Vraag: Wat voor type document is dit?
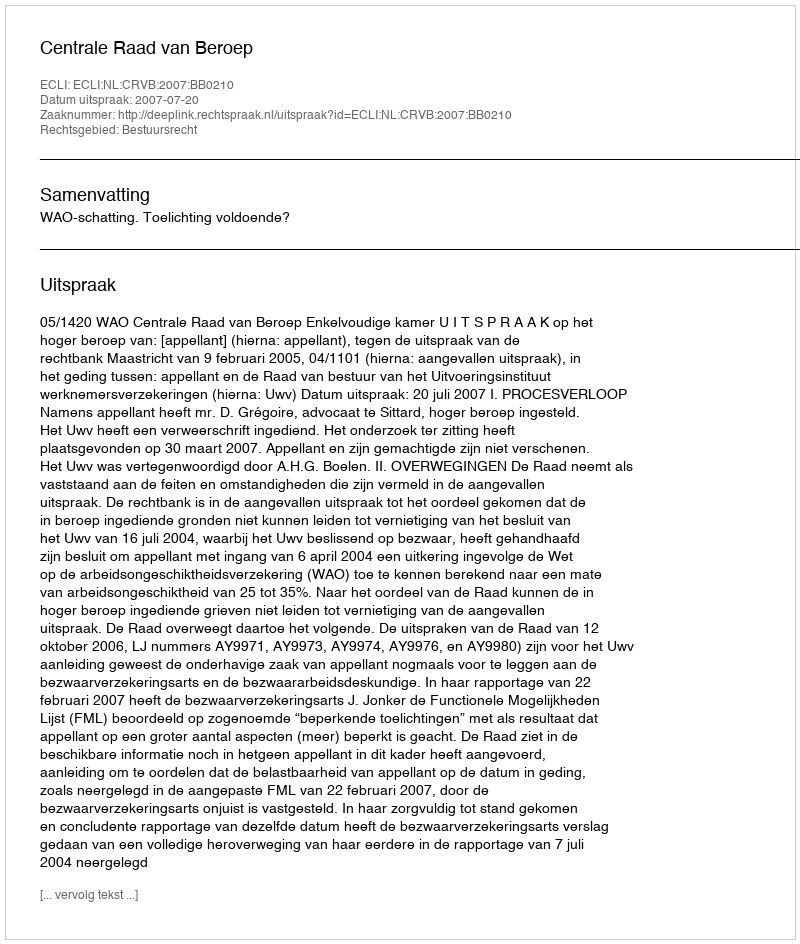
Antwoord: Uitspraak